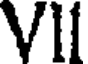
VII